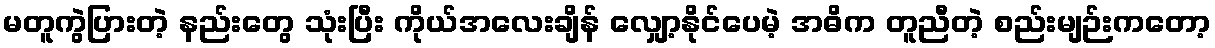
မတူကွဲပြားတဲ့ နည်းတွေ သုံးပြီး ကိုယ်အလေးချိန် လျှော့နိုင်ပေမဲ့ အဓိက တူညီတဲ့ စည်းမျဉ်းကတော့